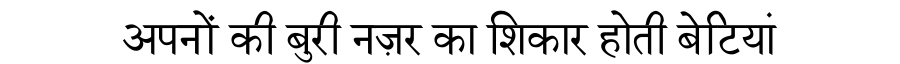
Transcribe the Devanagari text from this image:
अपनों की बुरी नज़र का शिकार होती बेटियां